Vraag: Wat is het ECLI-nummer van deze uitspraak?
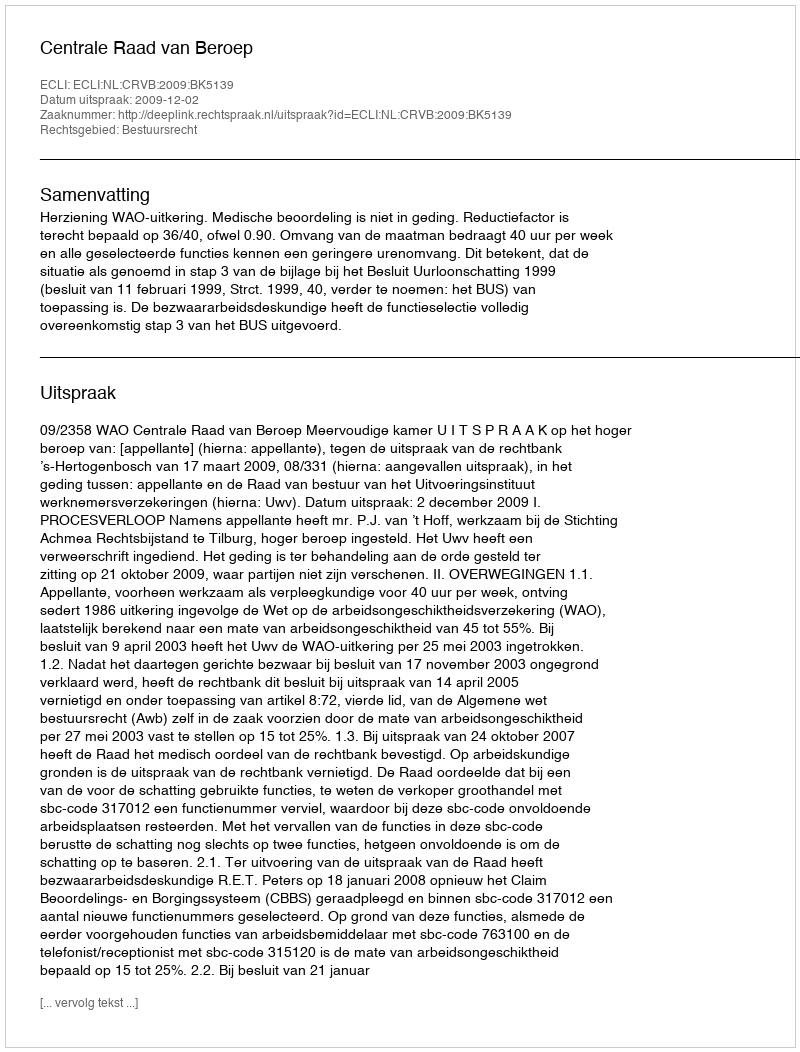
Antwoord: ECLI:NL:CRVB:2009:BK5139